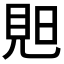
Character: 𧠗